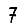
Digit: 7